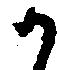
か